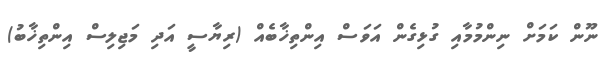
ނޫން ކަމަށް ނިންމުމާއި ގުޅިގެން އަވަސް އިންތިޚާބެއް (ރިޔާސީ އަދި މަޖިލިސް އިންތިޚާބު)